Vaccine operations Central Provinces & Berar 1922-1929 - 1922-1929
Year: 1922
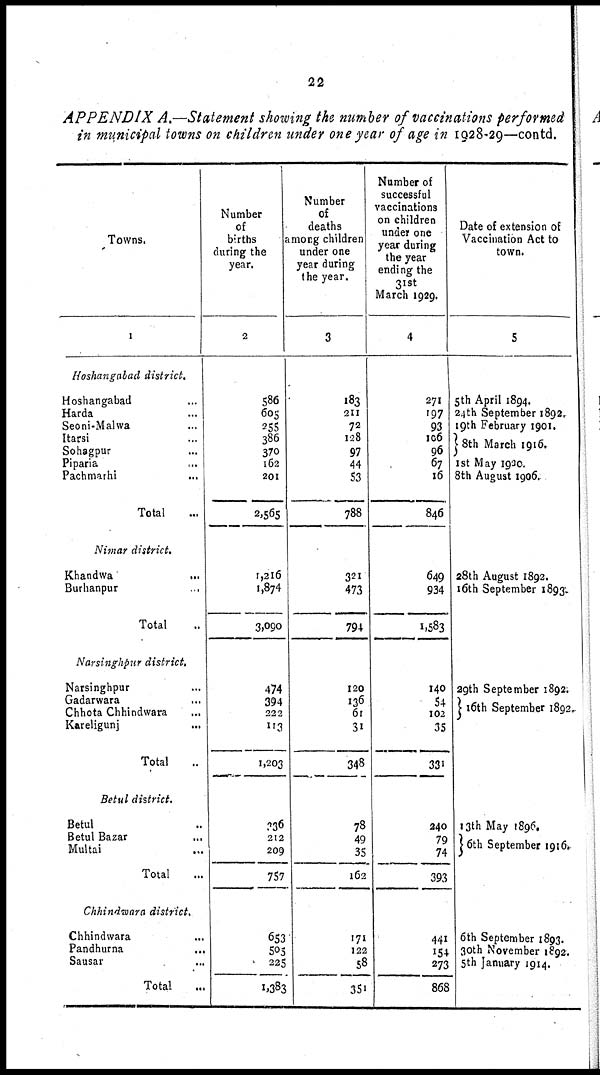
22
APPENDIX A.—Statement showing the number of vaccinations performed
in municipal towns on children under one year of age in 1928-29—contd.
Towns.
1
Hoshangabad district.
Hoshangabad ...
Harda ...
Seoni-Malwa ...
Itarsi ...
Sohagpur ...
Piparia ...
Pachmarhi ...
Total ...
Nimar district.
Khandwa ...
Burhanpur ...
Total ...
Narsinghpur district.
Narsinghpur ...
Gadarwara ...
Chhota Chhindwara ...
Kareligunj ...
Total
Betul district.
Betul ...
Betul Bazar ...
Multai ...
Total ...
Chhindwara district.
Chhindwara ...
Pandhurna
...
Sausar ...
Total ...
Number
of
births
during the
year.
2
586
605
255
386
370
162
201
2,565
1,216
1,874
3,090
474
394
222
113
1,203
336
212
209
757
653
505
225
1,383
Number
of
deaths
among children
under one
year during
the year.
3
183
211
72
128
97
44
53
788
321
473
794
120
136
61
31
348
78
49
35
162
171
122
58
351
Number of
successful
vaccinations
on children
under one
year during
the year
ending the
31st
March 1929.
4
271
197
93
106
96
67
16
846
649
934
1,583
140
54
102
35
331
240
79
74
393
441
154
273
868
Date of extension of
Vaccination Act to
town.
5
5th April 1894.
24th September 1892.
19th February 1901.
8th March 1916.
1 st May 1900.
8th August 1906.
28th August 1892.
16th September 1897.
29th September 1892.
16th September 1892.
13th May 1896.
6th September 1910.
6th September 1893.
30th November 1892.
5th January 1914.